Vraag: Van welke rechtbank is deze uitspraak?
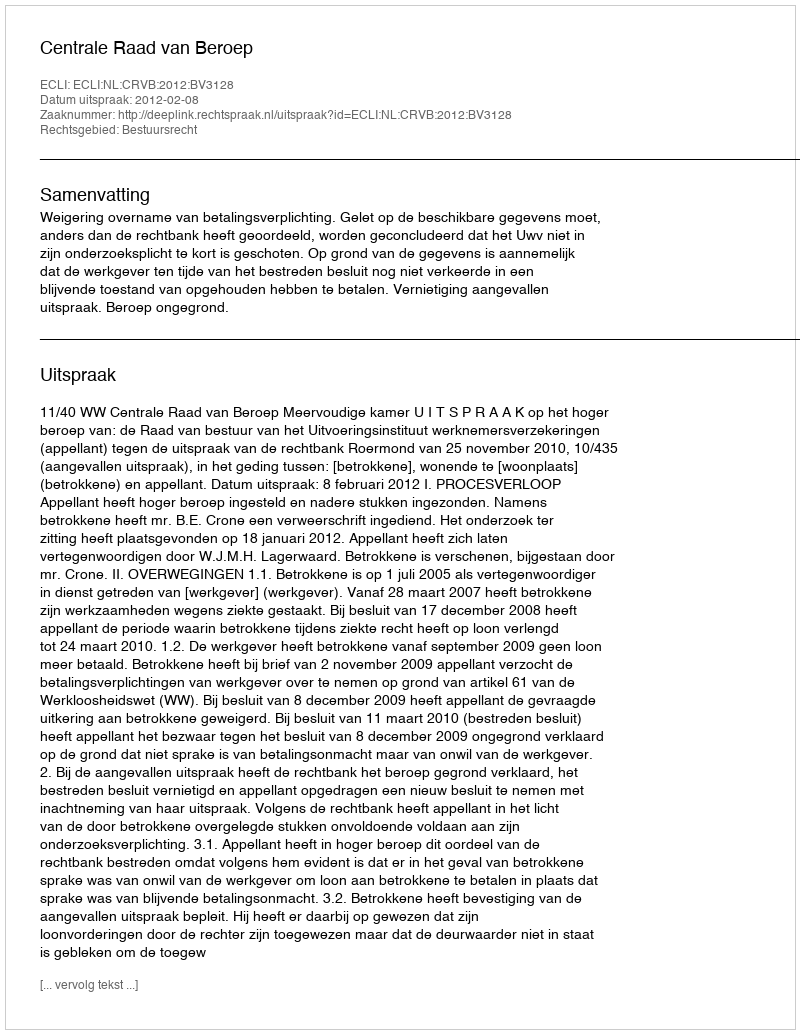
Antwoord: Centrale Raad van Beroep